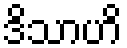
ဒိသာဟိ